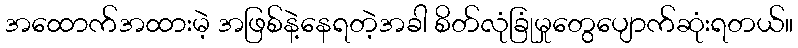
အထောက်အထားမဲ့ အဖြစ်နဲ့နေရတဲ့အခါ စိတ်လုံခြုံမှုတွေပျောက်ဆုံးရတယ်။